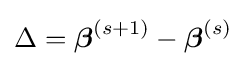
\Delta ={\boldsymbol {\beta }}^{(s+1)}-{\boldsymbol {\beta }}^{(s)}